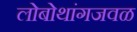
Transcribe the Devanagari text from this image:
लोबोथांगजवळ